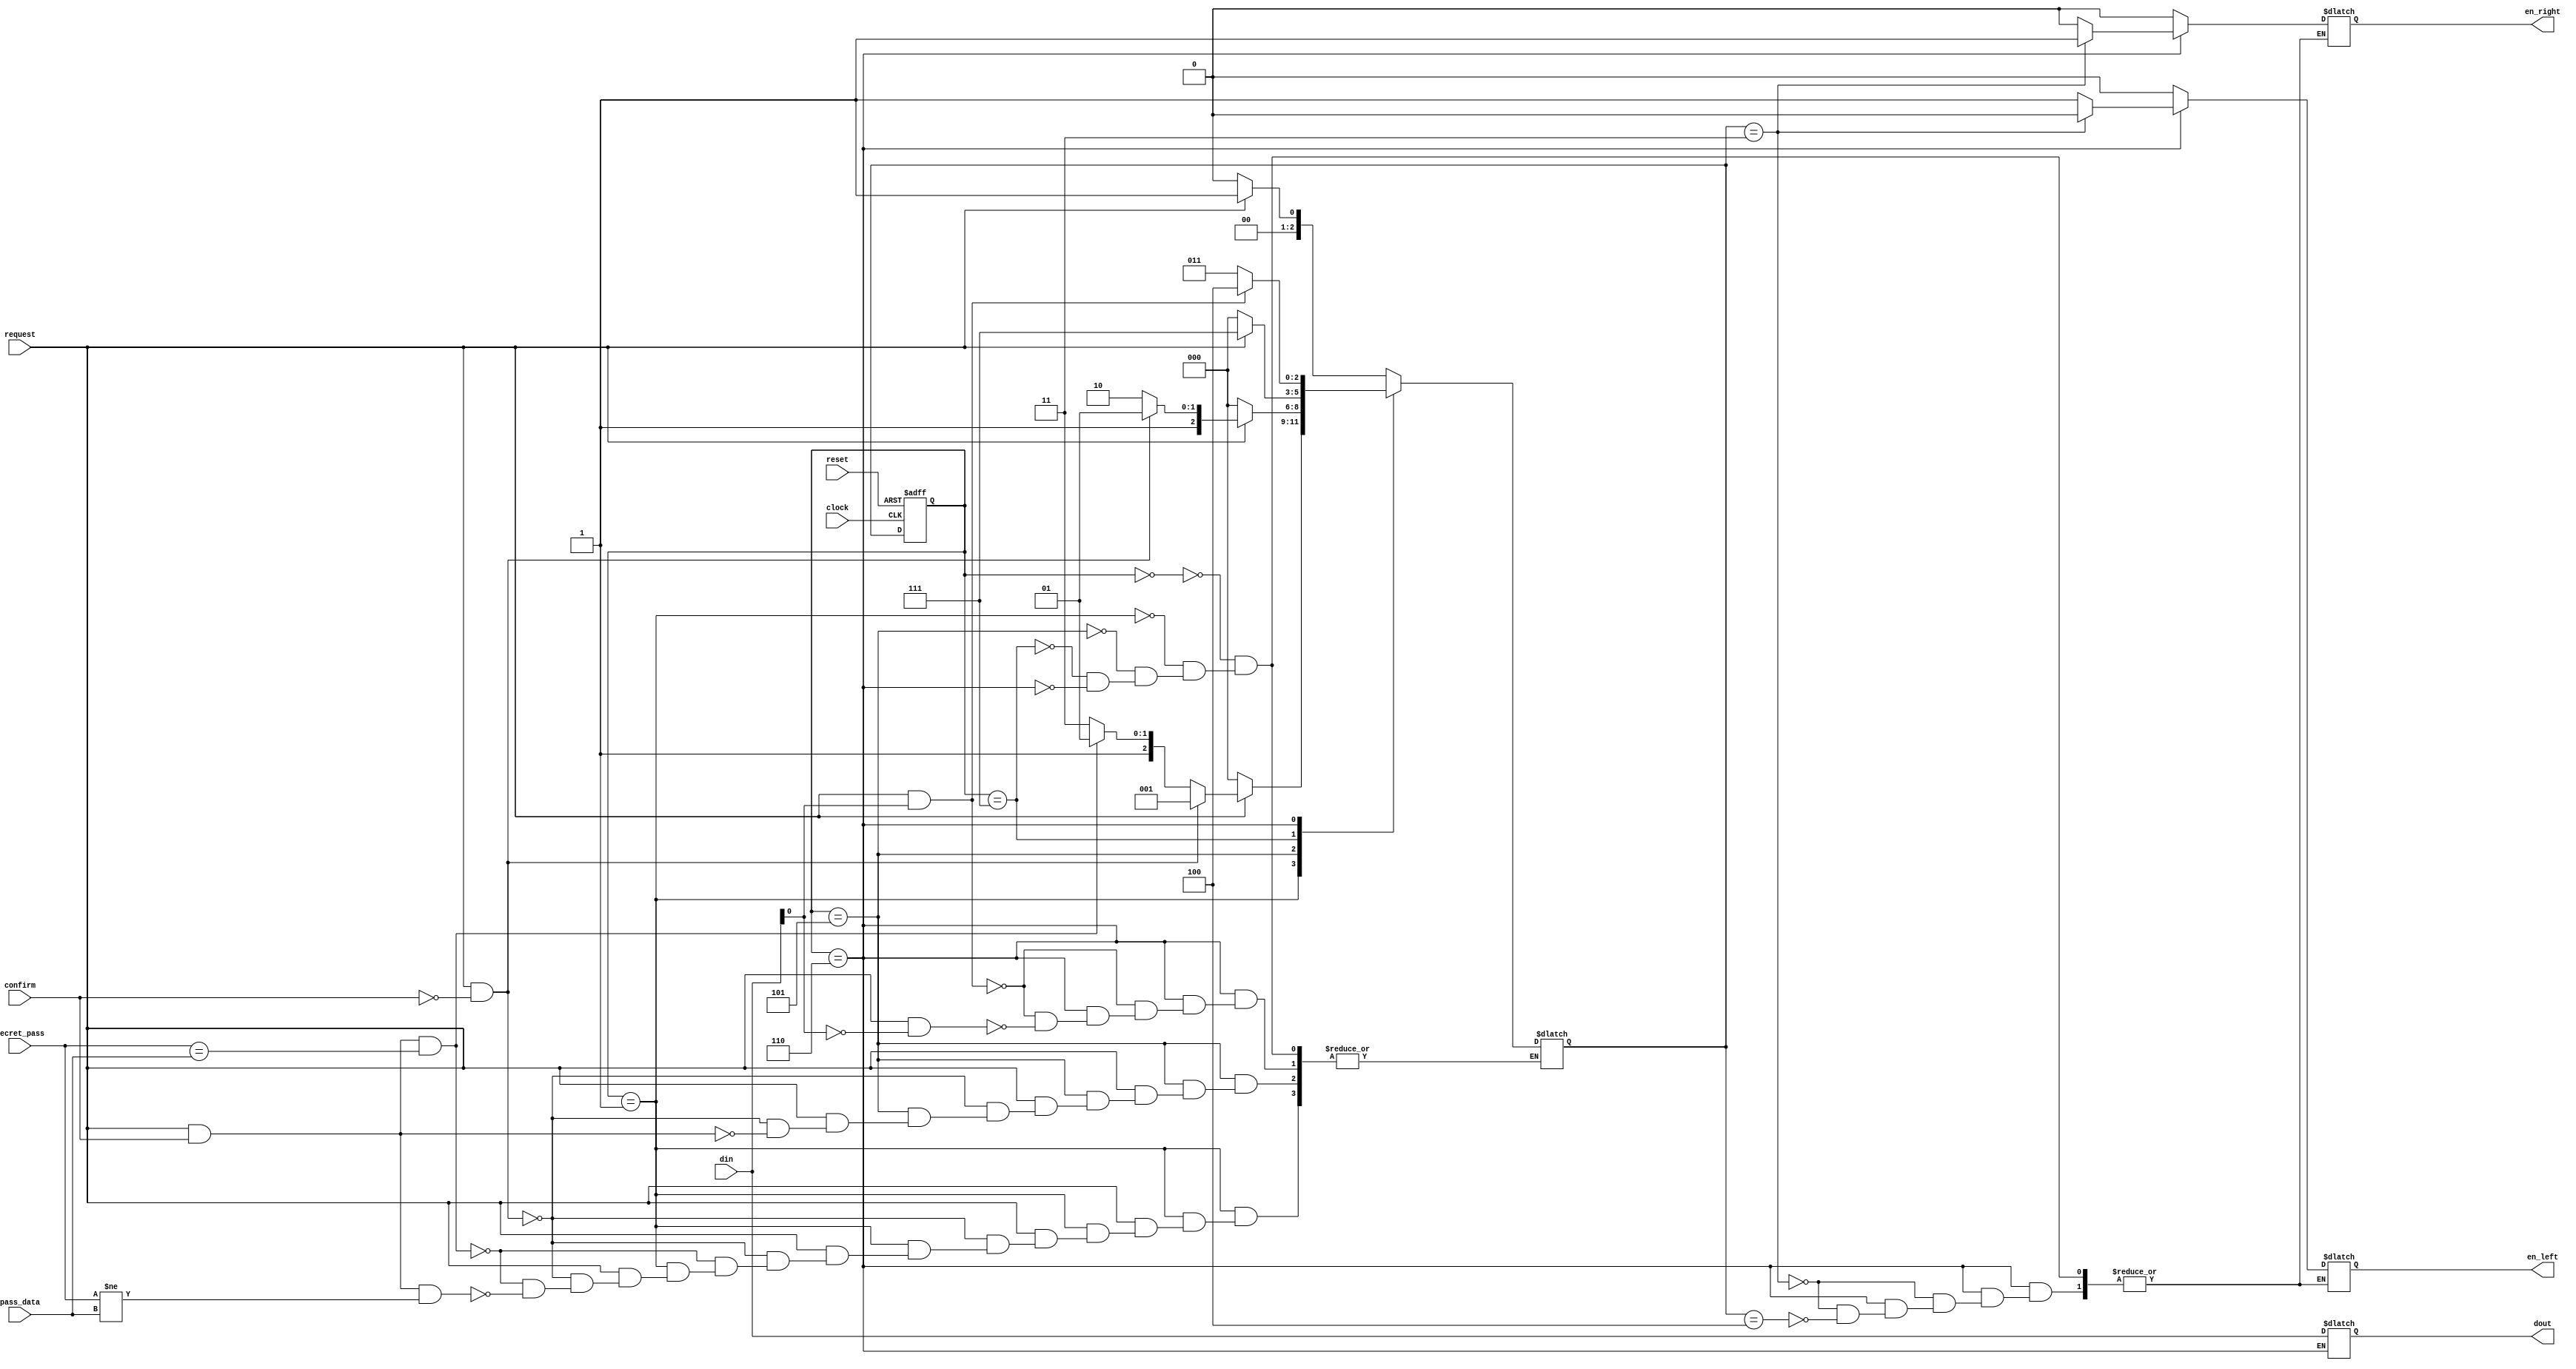
`timescale 1ns / 1ns

module finite_state_machine (
   input [3:0]          secret_pass,
   input                request,
	input  [3:0]        din,
	input               reset ,
	input               clock,
	input               confirm,
	input  [3:0]        pass_data,
	output reg          en_left,
	output reg          en_right,
	output reg [3:0]    dout
);
    reg [2:0] present_state, next_state;
    /*
    * every state meaning: 
    * S0 = system start (initial)
    * S1 = the uesr has request equal to 1 but haven't pressed confrim button
    * S2 = the user has given valid password
    * S3 = the user has given invalid password
    * S4 = waiting for the user to give for saving 
    * S5 = the input number is even
    * S6 = the input number is odd
    */
    parameter 
    S0 = 3'b000,
    S1 = 3'b001, 
    S2 = 3'b101, 
    S3 = 3'b111, 
    S4 = 3'b110, 
    S5 = 3'b011, 
    S6 = 3'b100;
  

   always @ (posedge clock or negedge reset)
        if (~reset) present_state = S0;  //Initialize to state S0
        else present_state = next_state; //Clock operations

   always @ (present_state or confirm or request or din or pass_data or secret_pass)     
        case (present_state)
            S0: if (~request) next_state = S0;
				else next_state = S1;	 
					 
            S1: if(~request) next_state = S0; else if (request & ~confirm) next_state = S1;  
                else if(request & confirm & secret_pass == pass_data) next_state = S2;
                else if(request & confirm & secret_pass != pass_data) next_state = S3;

            S2: if(~request) next_state = S0;  
				else if (request & ~confirm) next_state = S2;  
                else if (request & confirm) next_state = S4;  
				
            S3: if(~request) next_state = S0; 
				else next_state = S3; 

			S4: if( request & din[0] == 1'b1)  next_state = S6;  
                else if( request & din[0] == 1'b0)  next_state = S5; 	
         endcase
			
	always @ (present_state or confirm or request or din)      //Evaluate output
         case (present_state)
            S0: begin  en_left=1'b0 ;  en_right=1'b0 ; end
            S1: begin en_left=1'b0 ; en_right=1'b0 ; end
            S2: begin en_left=1'b0 ; en_right=1'b0 ; end
            S3: begin en_left=1'b0 ; en_right=1'b0 ; end
            S4: begin dout = din;
				if (next_state== S5) begin 
                    en_right=1'b1; 
                    en_left=1'b0;
                end else if (next_state == S6) begin 
                    en_right=1'b0; 
                    en_left=1'b1;
                    end
				end
         endcase
endmodule